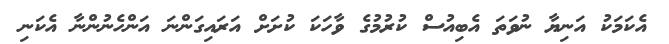
އެކަމަކު އަނިޔާ ނުވަތަ އެބިއުސް ކުރުމުގެ ވާހަކަ ކުށަށް އަރައިގަންނަ އަންހެނުންނާ އެކަނި